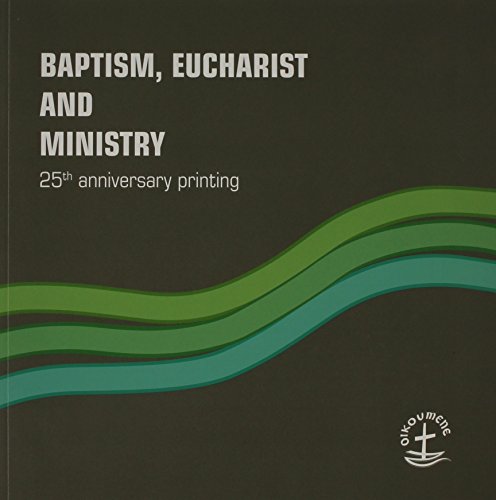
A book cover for Baptism, Eucharist and Ministry: Paper #111 (Faith and Order); World Council Of Churches; Christian Books & Bibles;